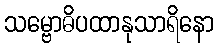
သမ္ဗောဓိပထာနုသာရိနော